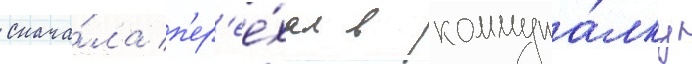
снача́ла п'ер'ее́хал в коммуна́лку